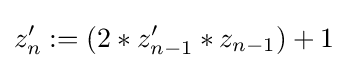
z_{n}^{\prime }:=(2*z_{n-1}^{\prime }*z_{n-1})+1